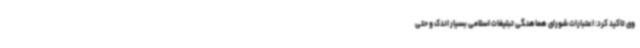
وی تاکید کرد: اعتبارات شورای هماهنگی تبلیغات اسلامی بسیار اندک و حتی